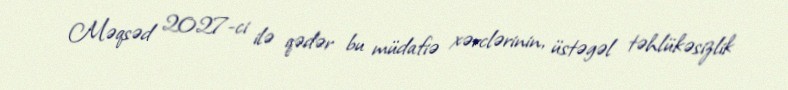
Məqsəd 2027-ci ilə qədər bu müdafiə xərclərinin, üstəgəl təhlükəsizlik